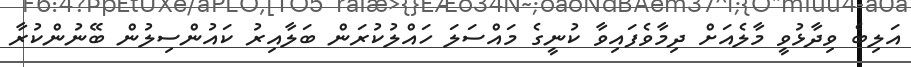
އަލިބެ ވިދާޅުވީ މާލެއަށް ދިމާވެފައިވާ ކުނީގެ މައްސަލަ ހައްލުކުރަން ބަލާއިރު ކައުންސިލުން ބޭނުންކުރާ